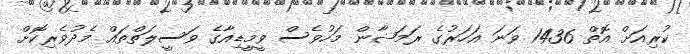
ކުރިއަށް އޮތް 1436 ވަނަ އަހަރުގެ ރަމަޟާން މަހުވެސް ވީމީޑިއާގެ ވަސީލަތްތައް މެދުވެރިކޮށް